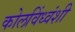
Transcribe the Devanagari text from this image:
कोलविंध्वंशी